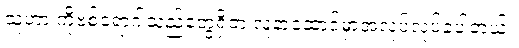
သူဟာ ကိုဗစ်ရောဂါသည်တွေရှိတဲ့ လူနာဆောင်မှာအလုပ်လုပ်ခဲ့ပါတယ်။